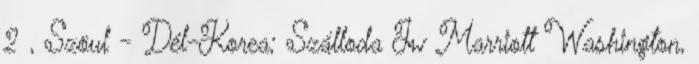
2 , Szöul - Dél-Korea; Szálloda Jw Marriott Washington,